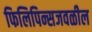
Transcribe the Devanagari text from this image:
फिलिपिन्सजवळील